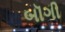
બૉગી